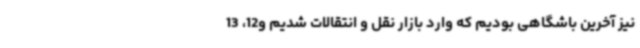
نیز آخرین باشگاهی بودیم که وارد بازار نقل و انتقالات شدیم و12، 13